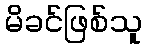
မိခင်ဖြစ်သူ